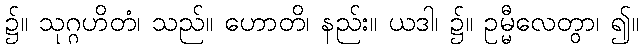
၌။ သုဂ္ဂဟိတံ၊ သည်။ ဟောတိ၊ နည်း။ ယဒါ၊ ၌။ ဥမ္မီလေတွာ၊ ၍။